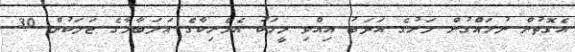
އެގޮތުން ނުހައްގުން މަރުގެ އަދަބު އިއްވި މީހަކު އެމެރިކާގެ އަލަބާމާގެ ޖަލަކުން 30